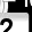
Digit: 2